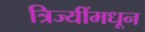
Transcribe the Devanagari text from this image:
त्रिज्यींमधून